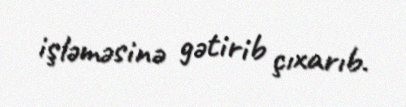
işləməsinə gətirib çıxarıb.